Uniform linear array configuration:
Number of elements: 48
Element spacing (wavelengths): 0.75
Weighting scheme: blackman
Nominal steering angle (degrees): -60
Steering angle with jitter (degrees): -60.911
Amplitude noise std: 0.05
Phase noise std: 0.05

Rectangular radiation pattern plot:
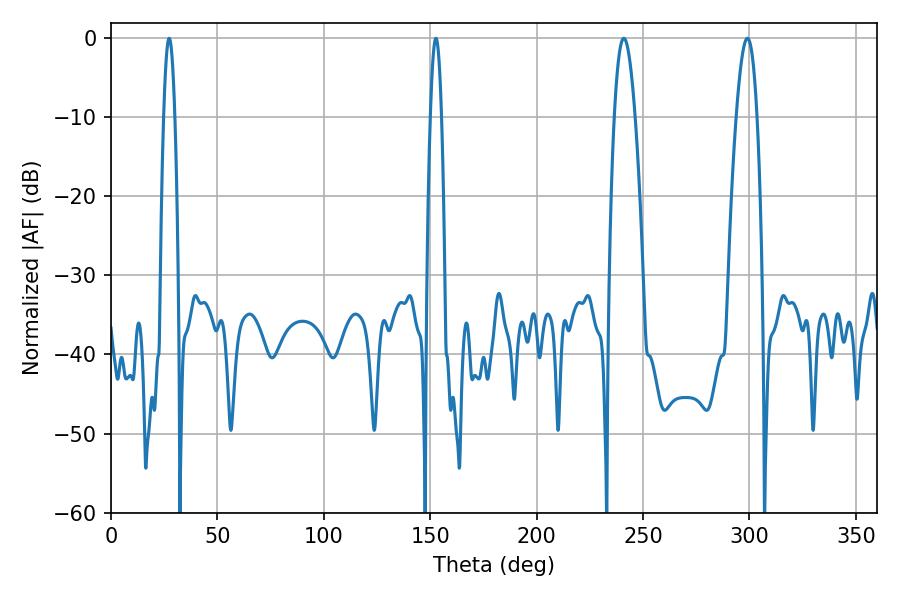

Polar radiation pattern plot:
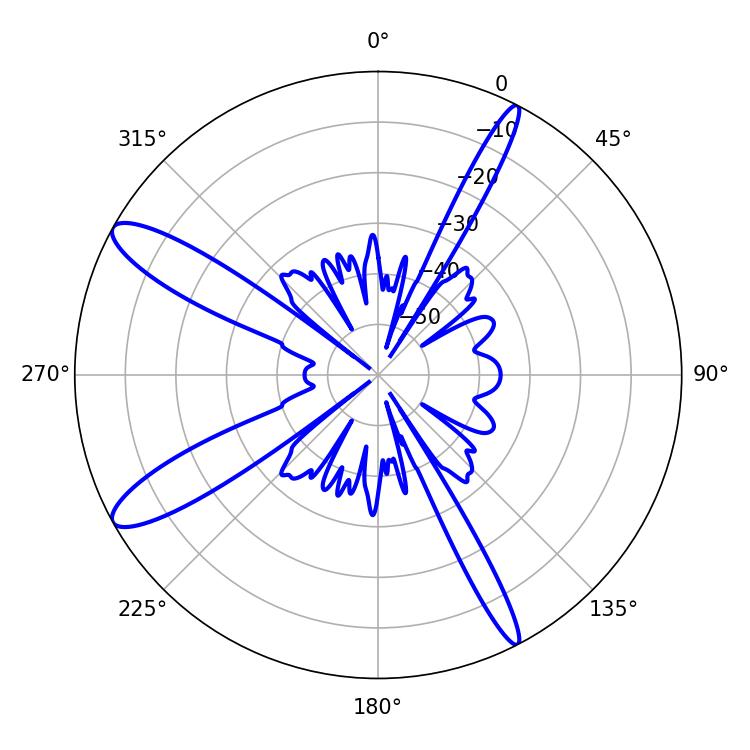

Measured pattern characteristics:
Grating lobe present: TRUE
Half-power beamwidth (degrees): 5.22
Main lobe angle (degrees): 298.98